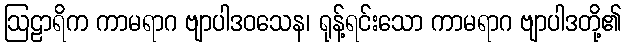
ဩဠာရိက ကာမရာဂ ဗျာပါဒဝသေန၊ ရုန့်ရင်းသော ကာမရာဂ ဗျာပါဒတို့၏